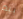
بيم